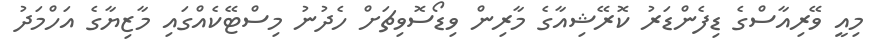
މިއީ ވޭރިއާސްގެ ޑިފެންޑަރު ކޮރޭޝިއާގެ މާރިން ވިޑޯސޮވިޗަށް ހެދުނު މިސްޓޭކެއްގައި މާޒިޔާގެ އަހްމަދު